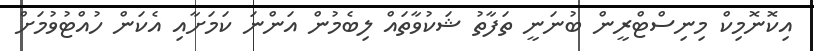
އިކޮނޮމިކް މިނިސްޓްރީން ބުނަނީ ތަފާތު ޝަކުވާތައް ލިބެމުން އަންނަ ކަމަށާއި އެކަން ހުއްޓުވުމަށް